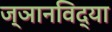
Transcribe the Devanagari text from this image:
ज्ञानविद्या